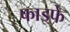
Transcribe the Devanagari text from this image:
फाइफे